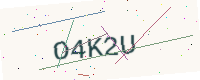
Text: O4K2U